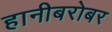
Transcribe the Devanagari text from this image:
हानीबरोबर